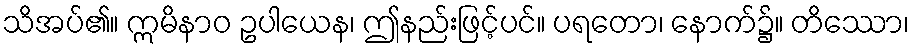
သိအပ်၏။ ဣမိနာဝ ဥပါယေန၊ ဤနည်းဖြင့်ပင်။ ပရတော၊ နောက်၌။ တိဿော၊